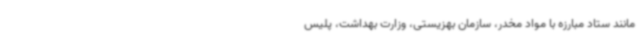
مانند ستاد مبارزه با مواد مخدر، سازمان بهزیستی، وزارت بهداشت، پلیس